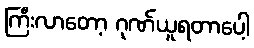
ကြီးလာတော့ ဂုဏ်ယူရတာပေါ့